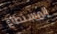
المستطاع